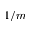
1 / m